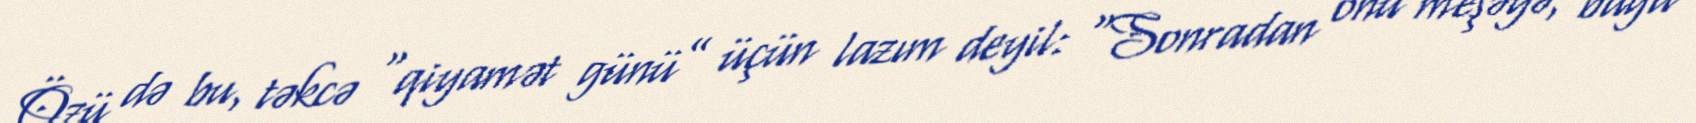
Özü də bu, təkcə “qiyamət günü” üçün lazım deyil: “Sonradan onu meşəyə, bağa